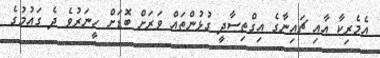
އެމެރިކާ އާއި ޗައިނާގެ އިގްތިސާދީ ގުޅުންތައް ވަރަށް ބޮޑަށް ހީނަރުވެ ދެ ގައުމުގެ